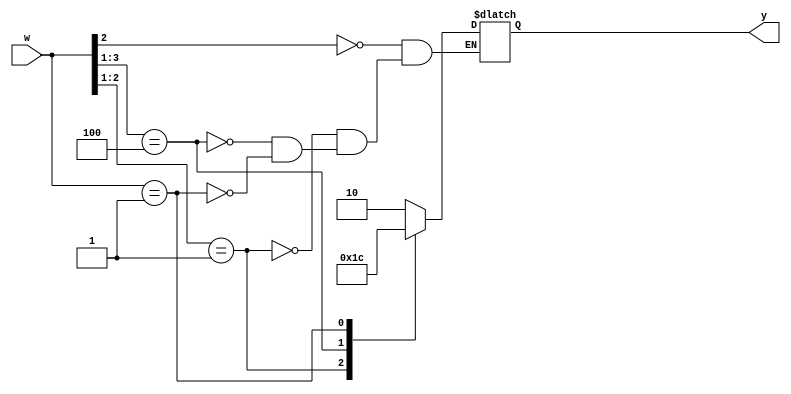
//2>1>3>0
module prioenc(w,y);

input [3:0] w;
output reg[1:0] y;

always@(w)
	casex(w)
		4'bx1xx: y=2;
		4'bx01x: y=1;
		4'b100x: y=3;
		4'b0001: y=0;
	endcase
endmodule